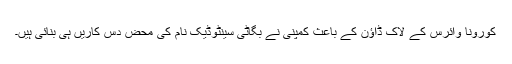
کورونا وائرس کے لاک ڈاؤن کے باعث کمپنی نے بگاٹی سینٹوڈیک نام کی محض دس کاریں ہی بنائی ہیں۔